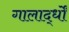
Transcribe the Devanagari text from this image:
गालार्द्धों